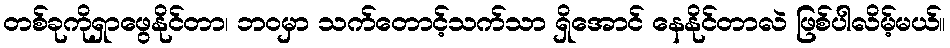
တစ်ခုကိုရှာဖွေနိုင်တာ၊ ဘဝမှာ သက်တောင့်သက်သာ ရှိအောင် နေနိုင်တာလဲ ဖြစ်ပါလိမ့်မယ်။